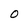
Character: O